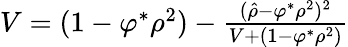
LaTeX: \begin{array}{r}{V=(1-\varphi^{\ast}\rho^{2})-\frac{(\hat{\rho}-\varphi^{\ast}\rho^{2})^{2}}{V+(1-\varphi^{\ast}\rho^{2})}}\end{array}